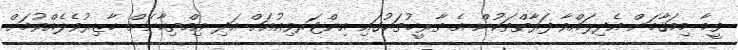
ވީމާ މިމަޤާމަށް އެދިލައްވާ ފަރާތްތަކުން އެ ތާރީޚުތަކުގައި އިންޓަރވިއުއަށް އަދި އިމްތިޙާނަށް ހާޒިރުވެލެއްވުމަށް